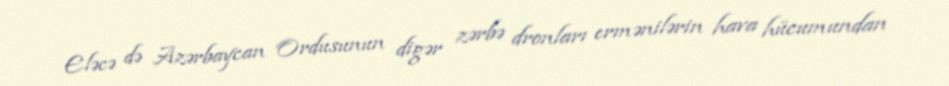
Eləcə də Azərbaycan Ordusunun digər zərbə dronları ermənilərin hava hücumundan